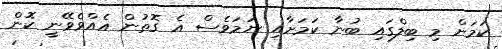
ކަމަށް މި ބިލްގައި ބުނާ ކަމަށާއި ނަމަވެސް އެ ގޮތުން އެއްވެވޭނީ ކޮން